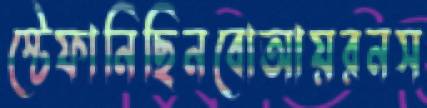
স্টেফানিছিনবোআয়রনস